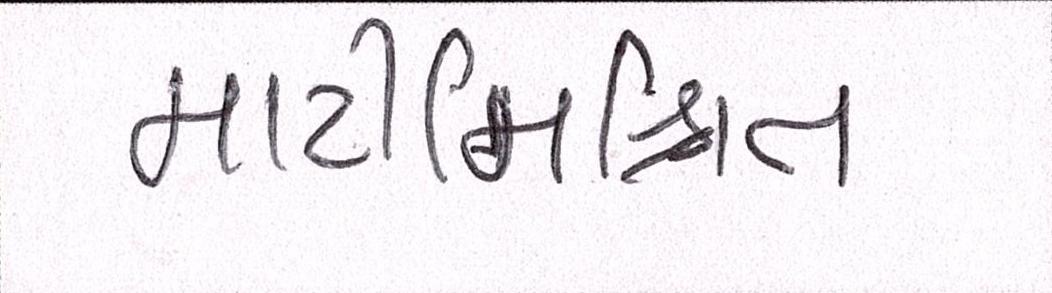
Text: માટીમિશ્રિત